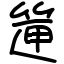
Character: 筪